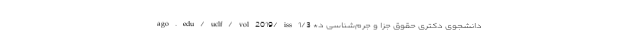
ago.edu/uclf/vol2019/iss1/3 *دانشجوی دکتری حقوق جزا و جرم‌شناسی د